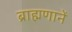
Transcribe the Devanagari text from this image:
ब्राह्मणानें